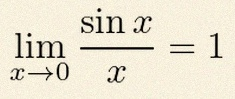
\lim_{x\to0}\frac{\sin x}{x}=1